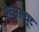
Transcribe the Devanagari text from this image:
ऍब्सल्यूट